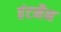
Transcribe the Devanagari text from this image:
हंटमैन